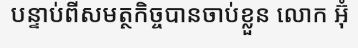
បន្ទាប់ពីសមត្ថកិច្ចបានចាប់ខ្លួន លោក អ៊ុំ